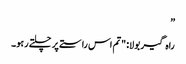
”
راہ گیر بولا: "تم اس راستے پر چلتے رہو۔